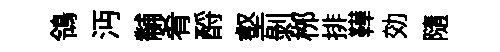
鴒沔黼肴酹壑剝桞排鞾効隨